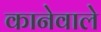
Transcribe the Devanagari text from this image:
कानेवाले